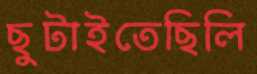
ছুটাইতেছিলি